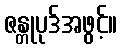
ဇန္တုပုဒ်အဖွင့်။